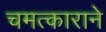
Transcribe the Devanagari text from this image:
चमत्काराने